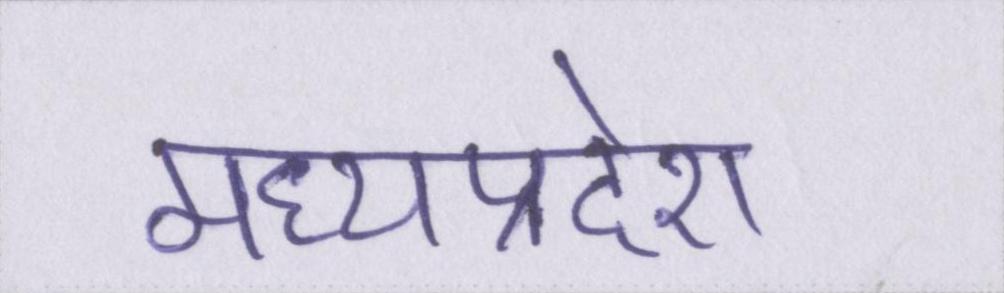
मध्यप्रदेश